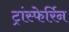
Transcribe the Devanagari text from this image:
ट्रांस्फेर्रिन